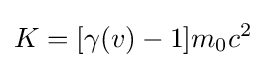
K=[\gamma (v)-1]m_{0}c^{2}